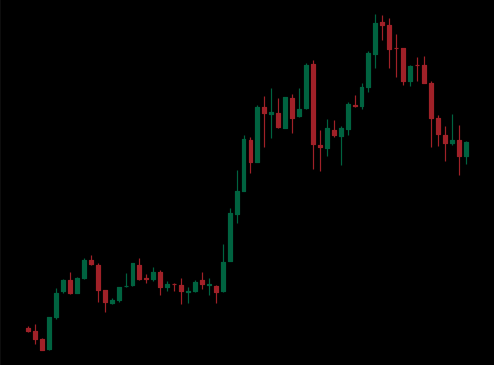
Pattern: bear_flag